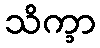
သိက္ခာ